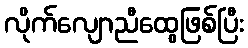
လိုက်လျောညီထွေဖြစ်ပြီး